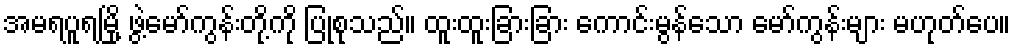
အမရပူရမြို့ ဖွဲ့မော်ကွန်းတို့ကို ပြုစုသည်။ ထူးထူးခြားခြား ကောင်းမွန်သော မော်ကွန်းများ မဟုတ်ပေ။